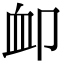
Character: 卹